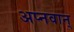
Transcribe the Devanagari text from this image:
अप्नवान्